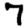
Digit: 7